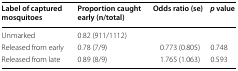
<table><thead><tr><td><b>Label of captured mosquitoes</b></td><td><b>Proportion caught early (n/total)</b></td><td><b>Odds ratio (se)</b></td><td><b><i>p</i> value</b></td></tr></thead><tbody><tr><td>Unmarked</td><td>0.82 (911/1112)</td><td></td><td></td></tr><tr><td>Released from early</td><td>0.78 (7/9)</td><td>0.773 (0.805)</td><td>0.748</td></tr><tr><td>Released from late</td><td>0.89 (8/9)</td><td>1.765 (1.063)</td><td>0.593</td></tr></tbody></table>